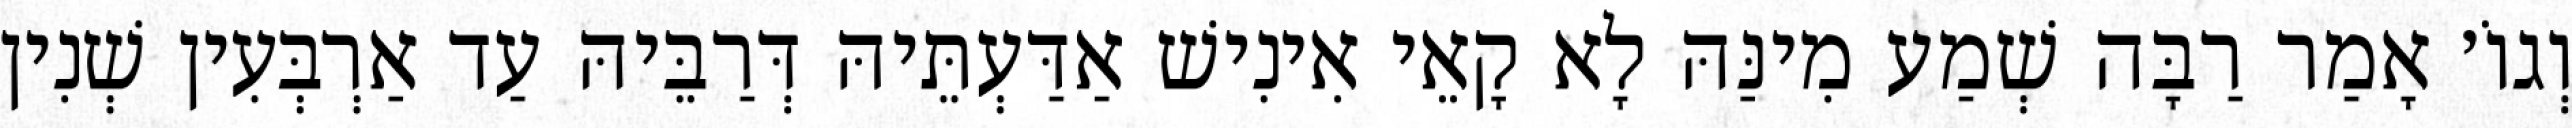
וְגוֹ׳ אָמַר רַבָּה שְׁמַע מִינַּהּ לָא קָאֵי אִינִישׁ אַדַּעְתֵּיהּ דְּרַבֵּיהּ עַד אַרְבְּעִין שְׁנִין